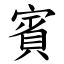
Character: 賓